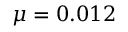
\mu = 0 . 0 1 2